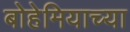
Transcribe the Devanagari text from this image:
बोहेमियाच्या